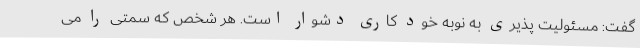
گفت: مسئولیت پذیری به نوبه خود کاری دشوار است. هر شخص که سمتی را می